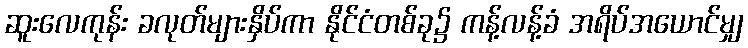
ဆူးလေကုန်း ခလုတ်များနှိပ်ကာ နိုင်ငံတစ်ခု၌ ကန့်လန့်ခံ အရိပ်အယောင်မျှ